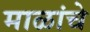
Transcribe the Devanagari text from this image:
माळांचे